Leaving Certificate Examination, 1920
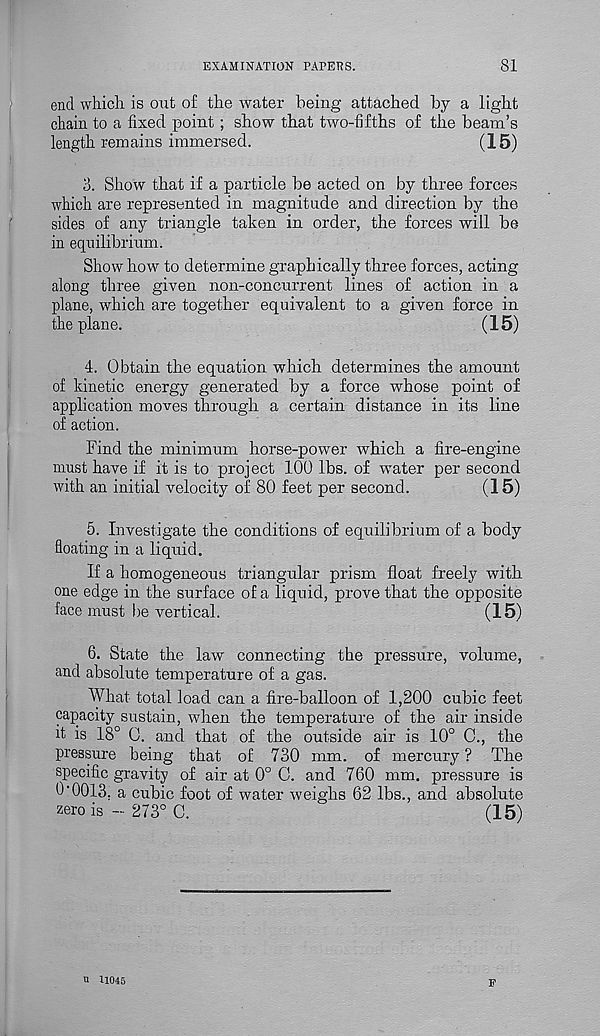
EXAMINATION PAPERS.
81
end which is out of the water being attached by a light
chain to a fixed point ; show that two-fifths of the beam’s
length remains immersed.
(15)
3. Show that if a particle be acted on by three forces
which are represented in magnitude and direction by the
sides of any triangle taken in order, the forces will be
in equilibrium.
Show how to determine graphically three forces, acting
along three given non-concurrent lines of action in a
plane, which are together equivalent to a given force in
the plane.
(15)
4. Obtain the equation which determines the amount
of kinetic energy generated by a force whose point of
application moves through a certain distance in its line
of action.
Find the minimum horse-power which a fire-engine
must have if it is to project 100 lbs. of water per second
with an initial velocity of 80 feet per second.
(15)
5. Investigate the conditions of equilibrium of a body
floating in a liquid.
If a homogeneous triangular prism float freely with
one edge in the surface of a liquid, prove that the opposite
face must lie vertical.
(15)
6. State the law connecting the pressure, volume,
and absolute temperature of a gas.
What total load can a fire-balloon of 1,200 cubic feet
capacity sustain, when the temperature of the air inside
it is 18° C. and that of the outside air is 10° C., the
pressure being that of 730 mm. of mercury? The
specific gravity of air at 0° C. and 760 mm. pressure is
6'0013. a cubic foot of water weighs 62 lbs., and absolute
zero is - 273° C.
(15)
u 11045
F